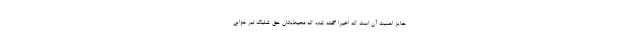
حایز اهمیت آن است که اخیرا گفته شده که محیط‌بانان حق شلیک تیر هوایی